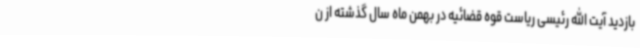
بازدید آیت الله رئیسی ریاست قوه قضائیه در بهمن ماه سال گذشته از ن